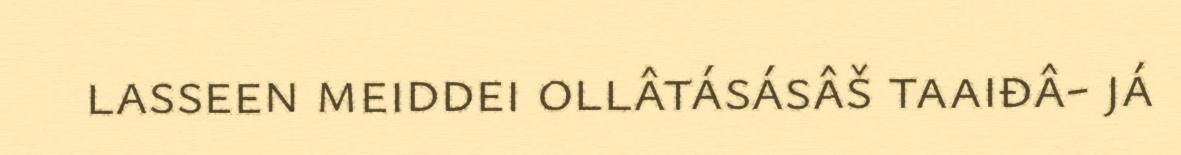
lasseen meiddei ollâtásásâš taaiđâ- já